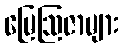
မြေဩဇာများ